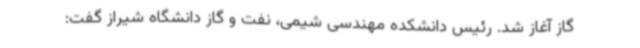
گاز آغاز شد. رئیس دانشکده مهندسی شیمی، نفت و گاز دانشگاه شیراز گفت: